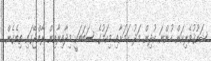
ޝައުޤުވެރިކަން ހުންނަ ކުދިން މަދު ކަމަށާއި މިކަމުގެ ސަބަބަކީ މިދާއިރާއިން ރާއްޖޭގައި ތިބެގެން